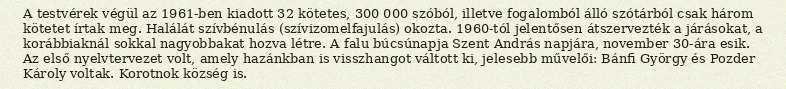
A testvérek végül az 1961-ben kiadott 32 kötetes, 300 000 szóból, illetve fogalomból álló szótárból csak három kötetet írtak meg. Halálát szívbénulás (szívizomelfajulás) okozta. 1960-tól jelentősen átszervezték a járásokat, a korábbiaknál sokkal nagyobbakat hozva létre. A falu búcsúnapja Szent András napjára, november 30-ára esik. Az első nyelvtervezet volt, amely hazánkban is visszhangot váltott ki, jelesebb művelői: Bánfi György és Pozder Károly voltak. Korotnok község is.